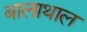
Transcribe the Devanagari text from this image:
बालाथाल